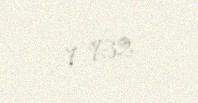
7 932